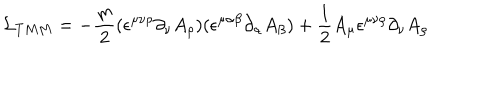
LaTeX: { \cal L } _ { T M M } = - { \frac { m } { 2 } } ( \epsilon ^ { \mu \nu \rho } \partial _ { \nu } A _ { \rho } ) ( \epsilon ^ { \mu \alpha \beta } \partial _ { \alpha } A _ { \beta } ) + { \frac { 1 } { 2 } } A _ { \mu } \epsilon ^ { \mu \nu \rho } \partial _ { \nu } A _ { \rho }